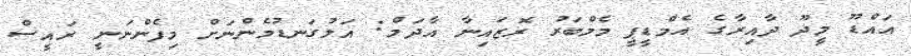
އައްޑޫ މީދޫ ދާއިރާގެ އެމްޑީޕީ މެމްބަރު ރޮޒައިނާ އާދަމް: އަލުގަނޑުމެންނަށް މިފެންނަނީ ރައީސް